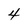
Character: 4